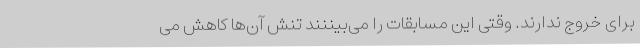
برای خروج ندارند. وقتی این مسابقات را می‌بیننند تنش آن‌ها کاهش می